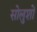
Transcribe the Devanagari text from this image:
सोलुशों